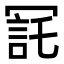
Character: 㓃